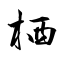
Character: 栖